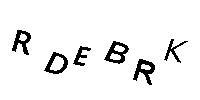
RDEBRK